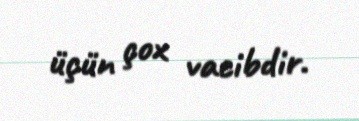
üçün çox vacibdir.